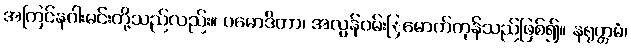
အကြင်နဂါးမင်းတို့သည်လည်း။ ပမောဒိတာ၊ အလွန်ဝမ်းြမောက်ကုန်သည်ဖြစ်၍။ နရုတ္တမံ၊